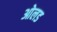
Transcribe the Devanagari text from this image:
ओलड